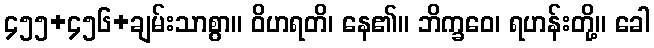
၄၅၅+၄၅၆+ချမ်းသာစွာ။ ဝိဟရတိ၊ နေ၏။ ဘိက္ခဝေ၊ ရဟန်းတို့။ ခေါ